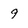
Character: 9